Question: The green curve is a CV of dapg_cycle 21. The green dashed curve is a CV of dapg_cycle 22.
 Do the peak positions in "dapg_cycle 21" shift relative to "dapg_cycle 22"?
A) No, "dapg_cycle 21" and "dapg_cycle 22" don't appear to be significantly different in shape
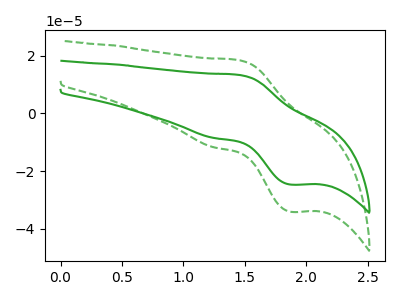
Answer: <think>The green curve "dapg_cycle 21" has an anodic peak at (1.45V, 13.40uA) and a cathodic peak at (1.85V, -24.70uA). The green dashed curve "dapg_cycle 22" has an anodic peak at (1.45V, 18.50uA) and a cathodic peak at (1.85V, -34.15uA).
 All the peaks in "dapg_cycle 21" have a peak in "dapg_cycle 22" at the same potential. Every peak in "dapg_cycle 21" is lower than every peak in "dapg_cycle 22".</think>
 <answer>A) No, "dapg_cycle 21" and "dapg_cycle 22" don't appear to be significantly different in shape</answer>
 <eval>A</eval>